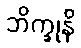
ဘိက္ခုနိ